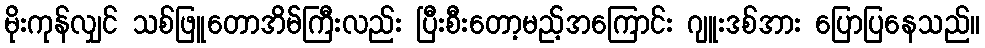
မိုးကုန်လျှင် သစ်ဖြူတောအိမ်ကြီးလည်း ပြီးစီးတော့မည့်အကြောင်း ဂျူးဒစ်အား ပြောပြနေသည်။